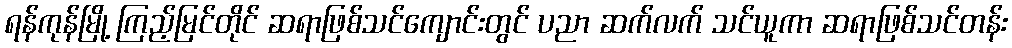
ရန်ကုန်မြို့ ကြည့်မြင်တိုင် ဆရာဖြစ်သင်ကျောင်းတွင် ပညာ ဆက်လက် သင်ယူကာ ဆရာဖြစ်သင်တန်း